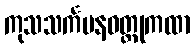
ကုသသင်္ကမနဝတ္ထုကထာ